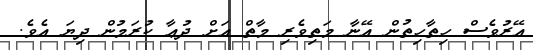
އޭރުވެސް ހިތާހިތުން އޭނާ މަތިވެރި މާތް އަށް ދުޢާ ކުރަމުން ދިޔަ އެވެ.